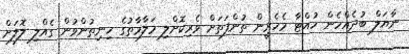
ނާޔަލް ބުދެއްހެން ހުއްޓާ މެހެރީން ތުންފަތަށް ވެރިކޮށްލި މަލާމާތުގެ ހިނިތުންވުން ގެއްލި ލޮލަށް